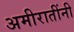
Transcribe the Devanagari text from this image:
अमीरातींनी